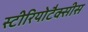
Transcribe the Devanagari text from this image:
स्टीरियोटैक्सीस